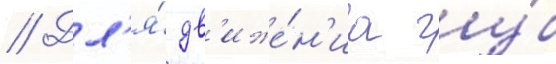
// Дл'я́ дв'иже́н'иа гу́б